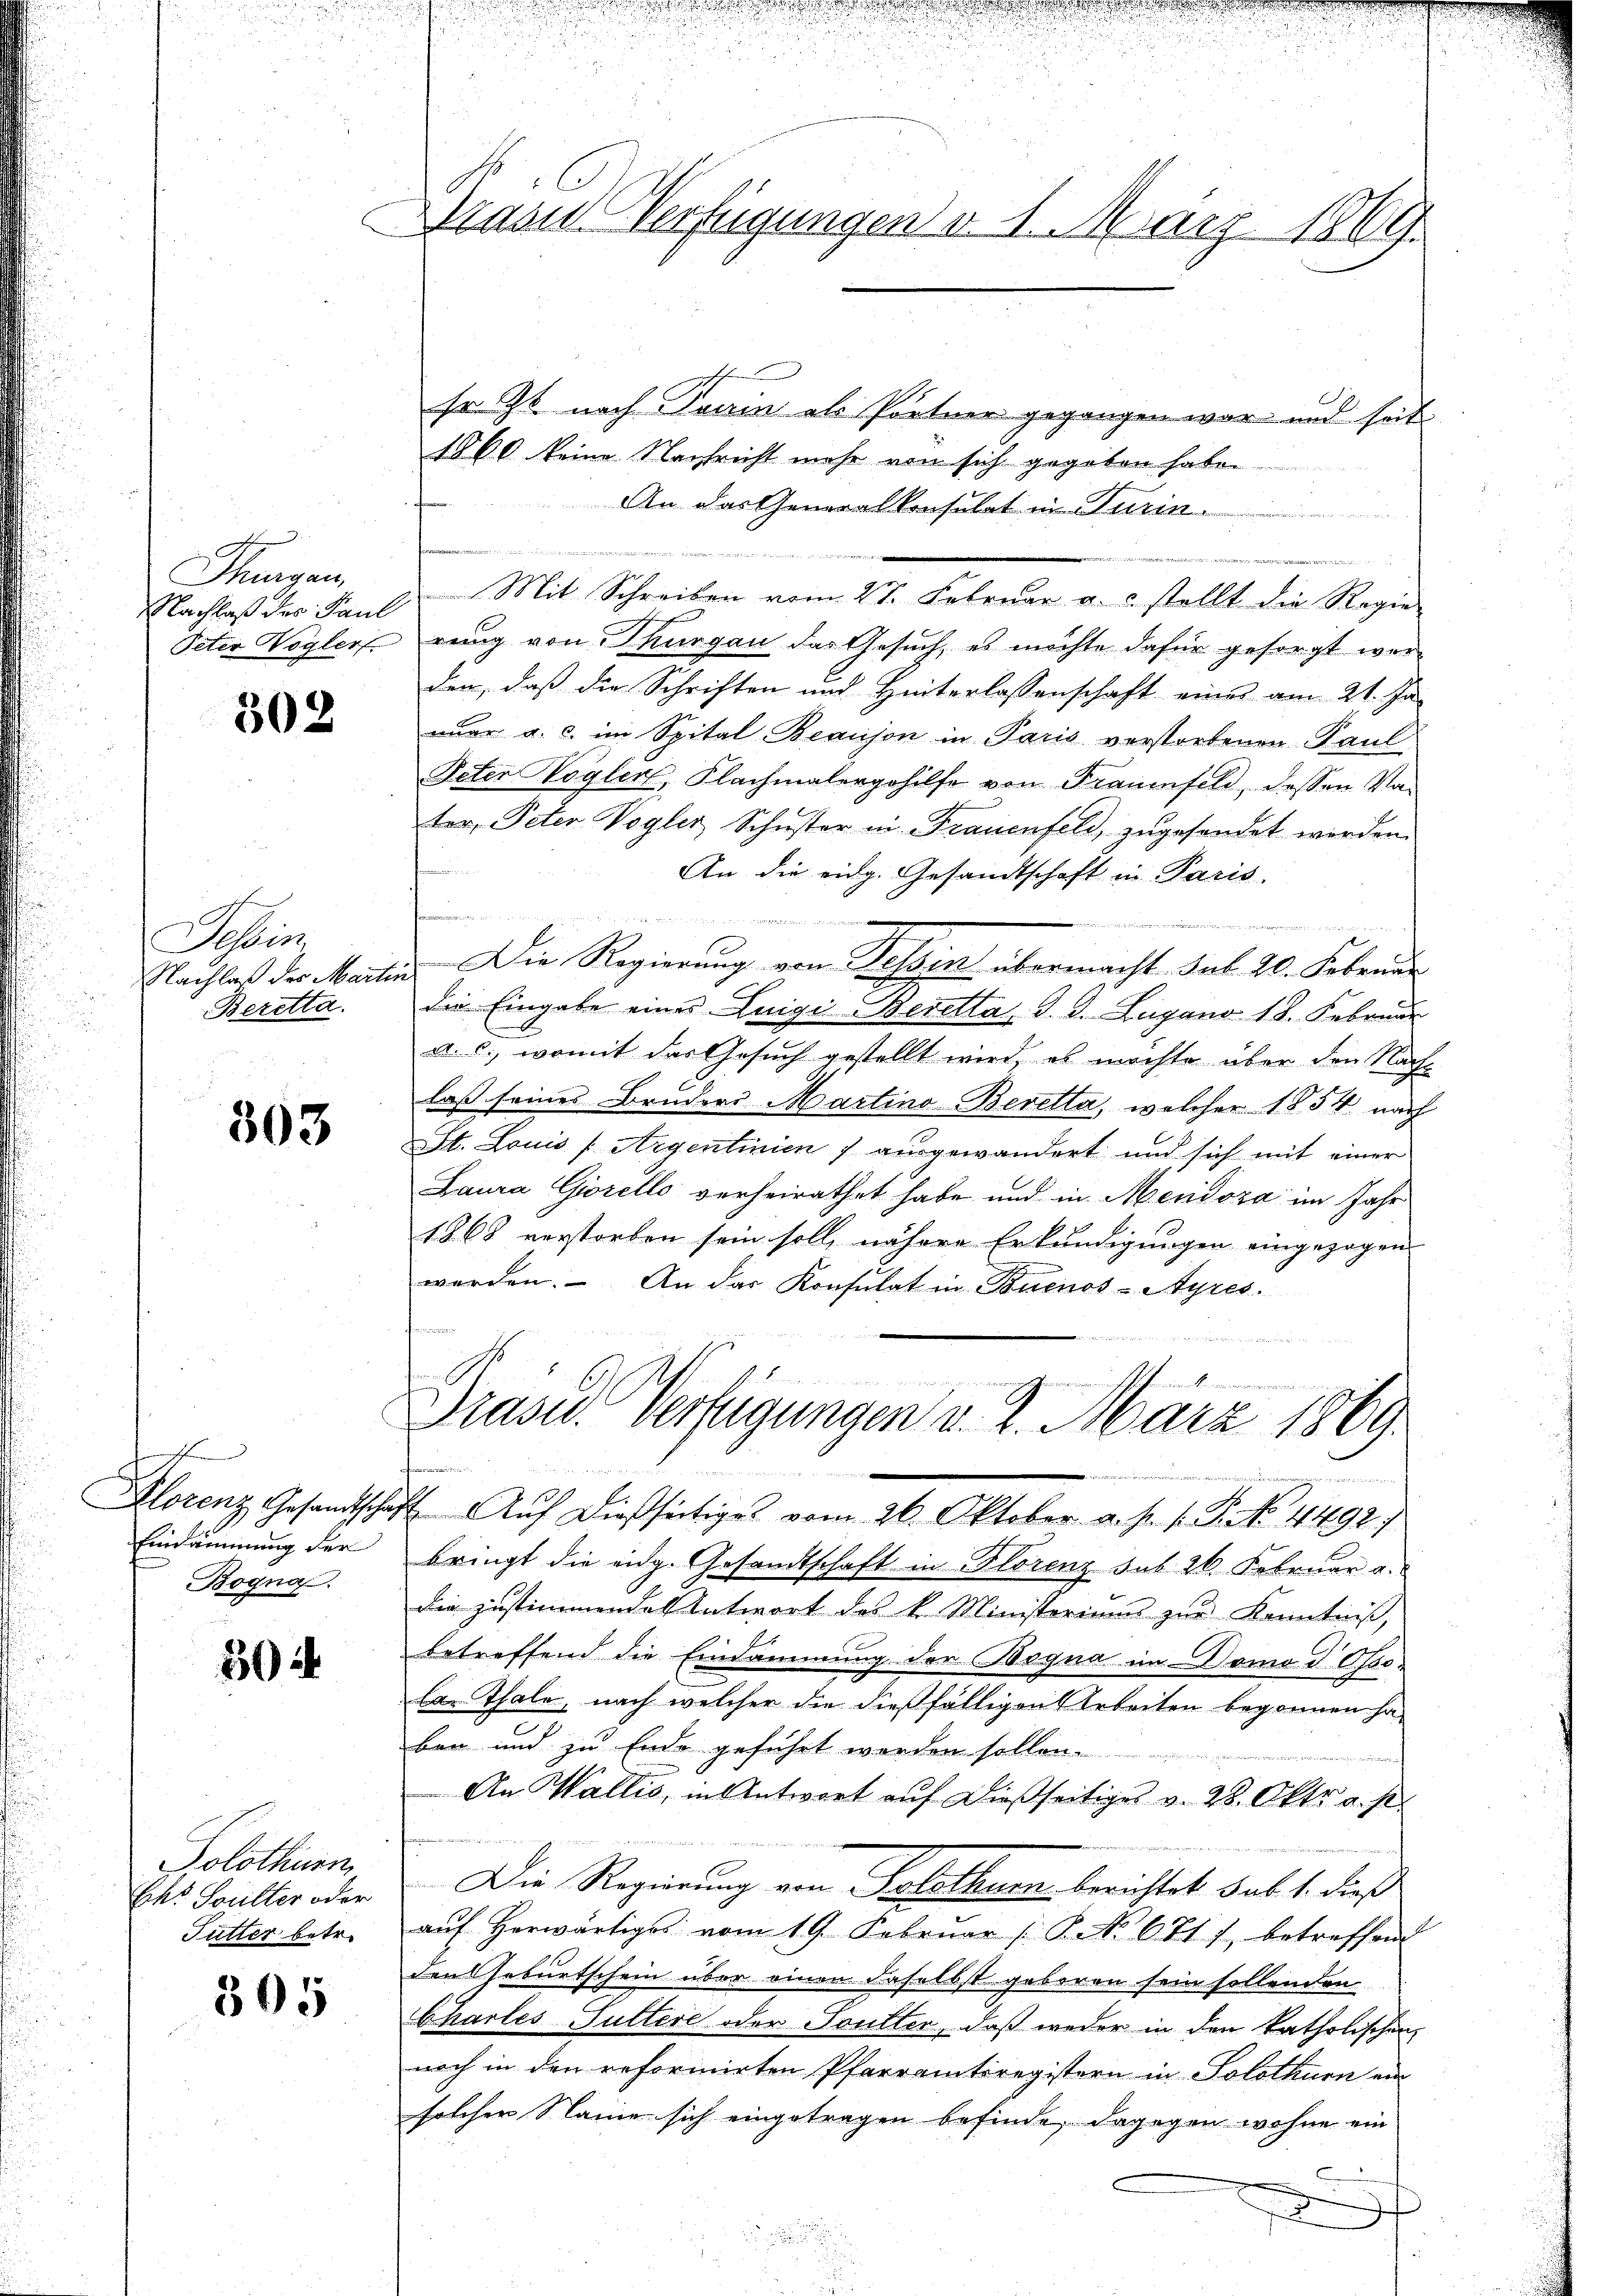
Thurgan
Nachlaß des Paul

302

Stein
Beretta.

303

.
Eindämmung der
Bogna.

30

Solothurn
Ehr Soulter oder
Futter betr.

305

Drain Verfügungen d. 1. März 1869.

so Zt nach Drum als Portner gegangen war und seit
1860 keine Nachricht mehr von sich gegeben habe
An das Generalkonsulat in Turin
d
Mit Schreiben vom 27. Februar a.c. stellt die Regie¬
Peter Vogler rung von Thurgau der Gesuch, es möchte dafür gesorgt werden, daß die Schriften und Hinterlassenschaft eines am 21. Jaaar a. c. im Spital Beauson in Paris verstorbenen Paul
Peter Vogler, Flachmalergehilfe von Frauenfeld, dessen Vater, Peter Vogler Schuster in Frauenfeld, zugesendet worden.
An die eidg. Gesandtschaft in Paris.
e
2. Bedierten
Nachlaß des Martin. Die Regierung von Tessin übermacht sub 20. Fobend
die Eingabe eines Luigi Beretta, d. d. Lugano 18. Februar
a. c., womit das Gesuch gestellt wird, es möchte über den Nachlaß seines Bruders Martino-Beretta, welcher 1854 nach
St. Louis [Argentinien 7 ausgewandert und sich mit einer
Laura Giorello verheirathet habe und in Mendoza im Jahr
1868 verstorben sein soll, nähere Erkundigungen eingezogen
worden. An das Konsulat in Buenos-Ayres.

4

u

Präses Verfügungen v. 2. März 1869.
d

Klorenz Gesandtschaft. Aŭf dießseitige vom 26. Oktober a. p. 1. P. No. 4492)
bringt die eidg. Gesandtschaft in Florenz sub 26. Februar a.
die zustimmende Antwort des k. Ministeriums zur Kenntniß,
betreffend die Eindammung der Begna im Domo d. Ossobar Thale, nach welcher die dießfälligen Arbeiten begonnen ha
ben und zu Ende geführt werden sollen.
An Wallis, in Antwort auf dießseitiges v. 28. Oktr. a. p.
Die Regierung von Solothurn berichtet sub 1. dieß
aŭf herwärtiges vom 19. Febrŭar (: P. No 671) betreffend
den Geburtschein über einen daselbst geboren sein sollenden
Charles Futtere oder Soutter, daß weder in den katholischen
noch in den reformirten Pfarramtsregistern in Solothurn ein
solcher Name sich eingetragen befinde, dagegen wohne ein
x
t